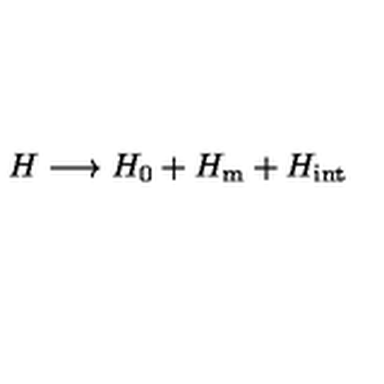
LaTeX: H \longrightarrow H _ { 0 } + H _ { \mathrm { m } } + H _ { \mathrm { i n t } }